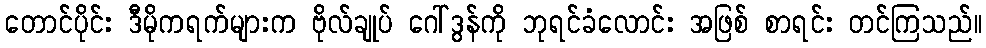
တောင်ပိုင်း ဒီမိုကရက်များက ဗိုလ်ချုပ် ဂေါ်ဒွန်ကို ဘုရင်ခံလောင်း အဖြစ် စာရင်း တင်ကြသည်။